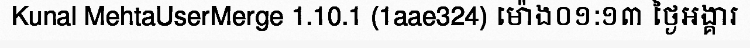
Kunal MehtaUserMerge 1.10.1 (1aae324) ម៉ោង០១:១៣ ថ្ងៃអង្គារ